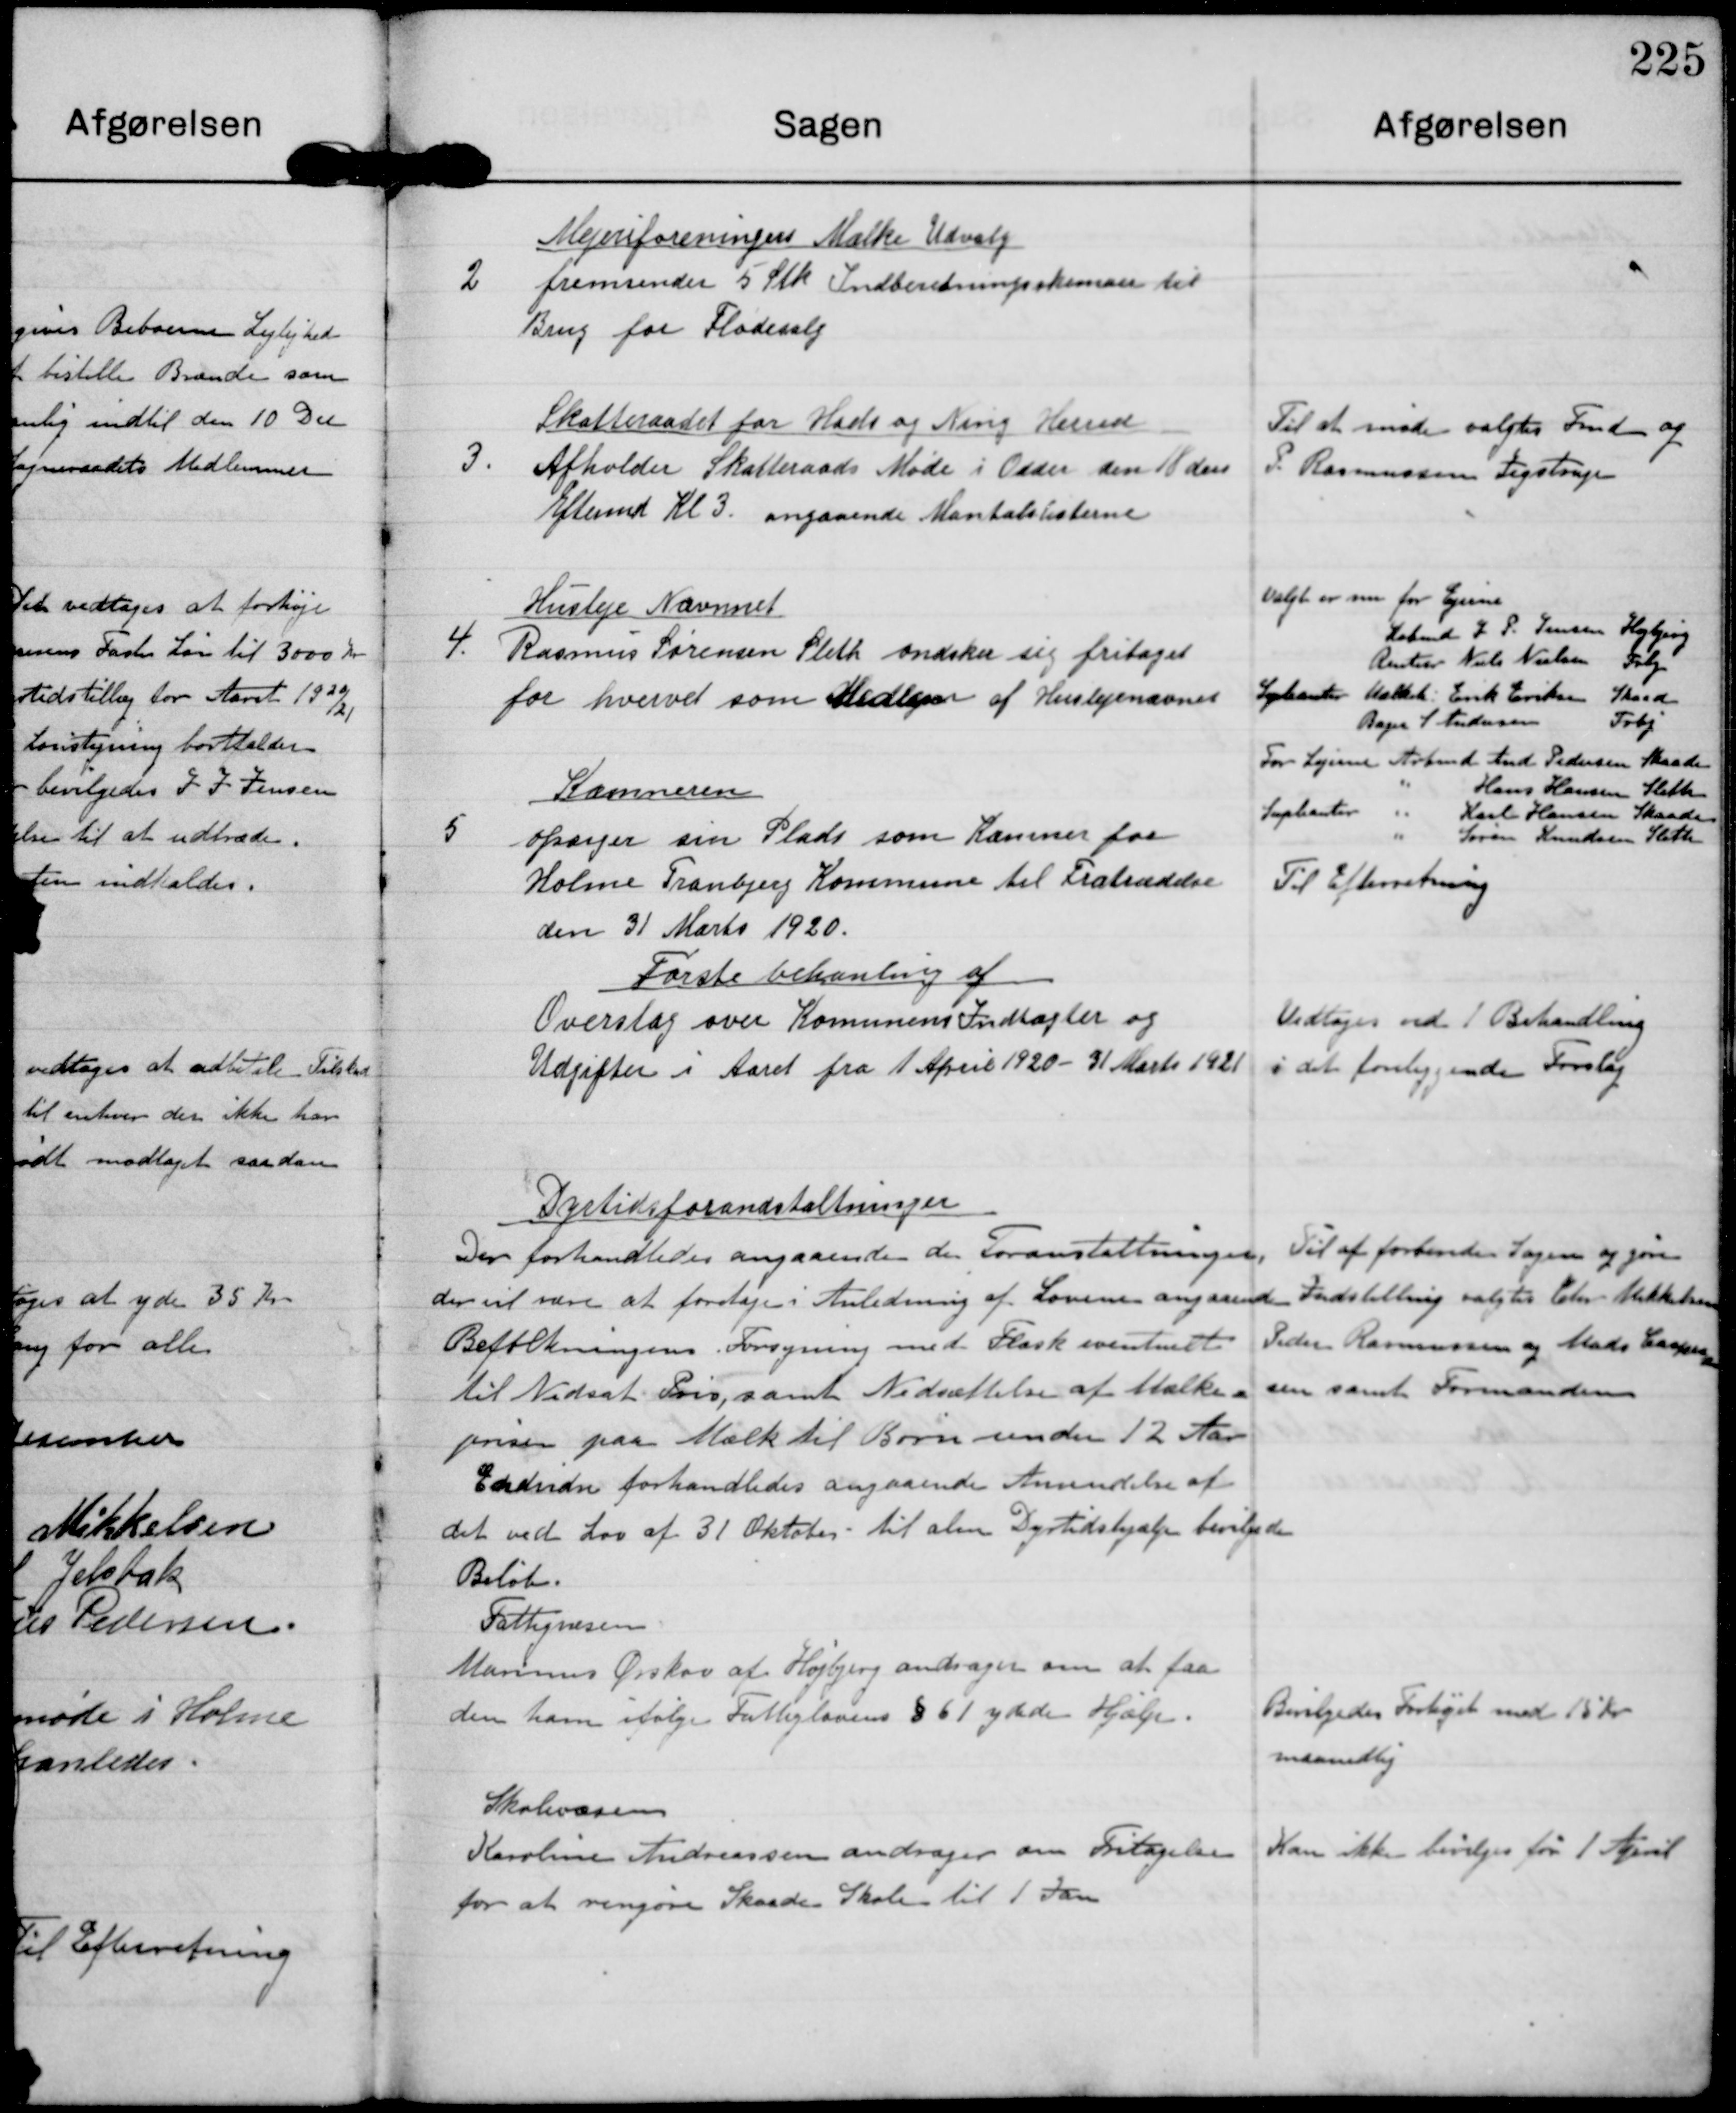
Transskription:
2

Mejeriforeningens Mælke Udvalg
fremsender 5 Stk Indberetningsskemaer til
Brug for Flødesalg

3.

Skatteraadet for Hads og Ning Herred
Afholder Skatteraads Møde i Odder den 18 den.
Eftermd Kl 3. angaaende Mantalslisterne.

Til at møde valgtes Fmd og
P Rasmussen Jegstrup

4

Husleje Nævnet
Rasmus Sørensen Sleth øndsker sig fritaget
for hvervet som Medlem af Huslejenævnet

Valgt er om for Ejerne
Købmd J P Jensen Højbjerg
Rentier Niels Nielsen Trbj
Supleanter M Erik Eriksen Skaade
Bager S Andersen Trbj
For Lejerne Arbmd And Pedersen Skaade
" Hans Hansen Sleth
Supleanter " Karl Hansen Skaade.
" Søren Knudsen Sleth

5

Kæmneren
opsiger sin Plads som Kæmner for
Holme Tranbjerg Kommune til Fratrædelse
den 31 Marts 1920.

Til Efterretning.

Første behanling af
Overslag over Kommunens Indtægter og
Udgifter i Aaret fra 1 April 1920-31 Marts 1921

Vedtoges ved 1 Behandling
i det foreliggende Forslag.

Dyrtidsforandstaltninger
Der forhandledes angaaende de Foranstaltninger
der vil være at foretage i Anledning af Loven angaaende
Befolkningens Forsyning med Flæsk eventuelt
til Nedsat Pris, samt Nedsættelse af Mælke-
prisen paa Mælk til Børn under 12 Aar
Endvidre forhandledes angaaende Anvendelse af
det ved Lov af 31 Oktober til alm Dyrtidshjælp bevilgedes
Beløb.

Til af forberede Sagen og gøre
Indstilling valgtes Chr Mikkelen
Peder Rasmussen og Mads Casper-
sen samt Formanden

Fattigvæsen
Marinus Ørskov af Højbjerg andrager om at faa
den ham ifølge Fattiglovens §61 ydede Hjælp.

Bevilgedes Forhøjet med 15 Kr
maanedlig

Skolevæsen
Karoline Andreassen andrager om Fritagelse
for at rengøre Skaade Skole til 1 Jan

Kan ikke bevilges før 1 April